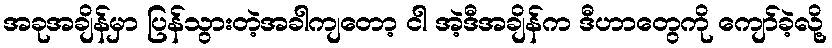
အခုအချိန်မှာ ပြန်သွားတဲ့အခါကျတော့ ငါ အဲ့ဒီအချိန်က ဒီဟာတွေကို ကျော်ခဲ့လို့